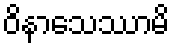
ဝိနာသေဿာမိ